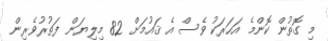
މި ގޮތުން ކޮންމެ އަހަރަކު ވެސް އެ ޤައުމަށް 82 މިލިޔަން ފަތުރުވެރިން